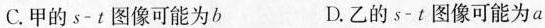
C.甲的$$s - t$$图像可能为b D.乙的$$s - t$$图像可能为a